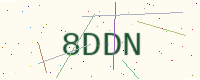
Text: 8DDN